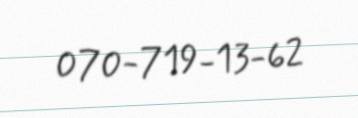
070-719-13-62